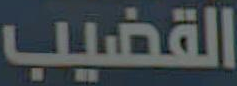
القضيب